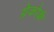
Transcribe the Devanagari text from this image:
ग्रेकोर्क